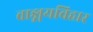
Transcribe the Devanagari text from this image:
वाङ्मयविहार